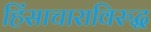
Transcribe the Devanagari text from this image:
हिंसाचाराविरुद्ध